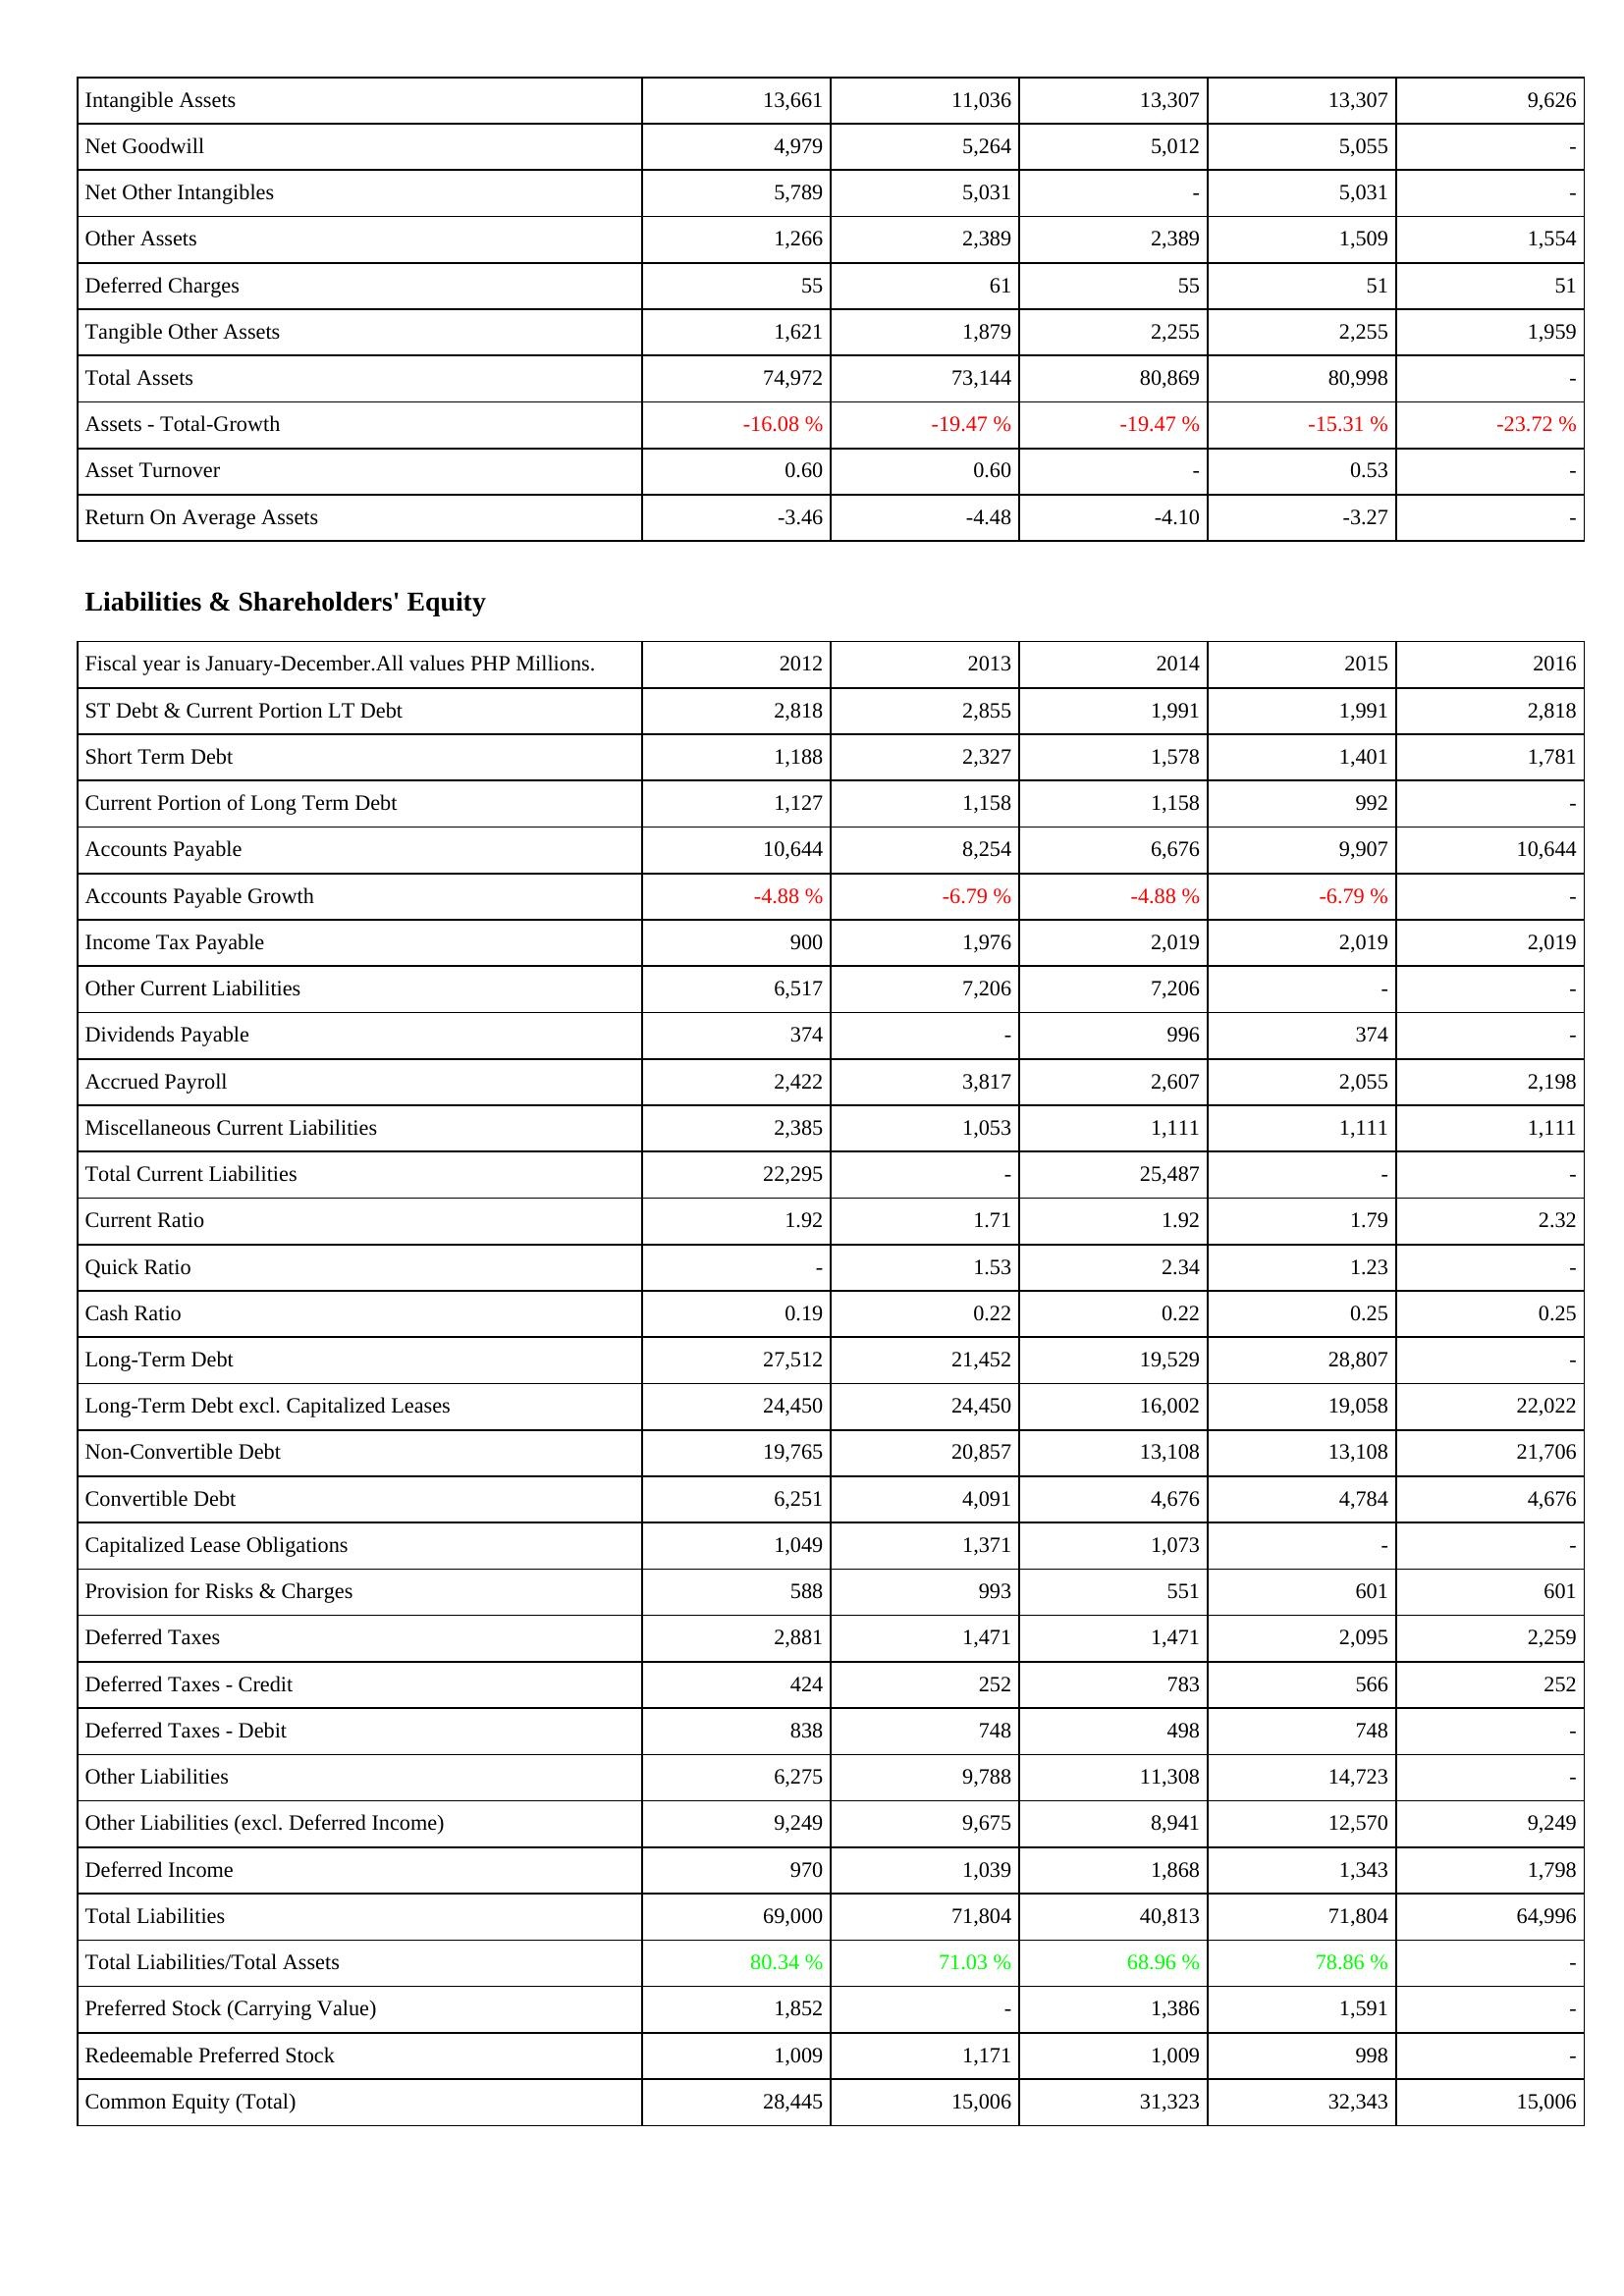
2012: Assets: Intangible Assets: 13,661
Net Goodwill: 4,979
Net Other Intangibles: 5,789
Other Assets: 1,266
Deferred Charges: 55
Tangible Other Assets: 1,621
Total Assets: 74,972
Assets - Total-Growth: -16.08 %
Asset Turnover: 0.60
Return On Average Assets: -3.46
Liabilities & Shareholders' Equity: ST Debt & Current Portion LT Debt: 2,818
Short Term Debt: 1,188
Current Portion of Long Term Debt: 1,127
Accounts Payable: 10,644
Accounts Payable Growth: -4.88 %
Income Tax Payable: 900
Other Current Liabilities: 6,517
Dividends Payable: 374
Accrued Payroll: 2,422
Miscellaneous Current Liabilities: 2,385
Total Current Liabilities: 22,295
Current Ratio: 1.92
Quick Ratio: -
Cash Ratio: 0.19
Long-Term Debt: 27,512
Long-Term Debt excl. Capitalized Leases: 24,450
Non-Convertible Debt: 19,765
Convertible Debt: 6,251
Capitalized Lease Obligations: 1,049
Provision for Risks & Charges: 588
Deferred Taxes: 2,881
Deferred Taxes - Credit: 424
Deferred Taxes - Debit: 838
Other Liabilities: 6,275
Other Liabilities (excl. Deferred Income): 9,249
Deferred Income: 970
Total Liabilities: 69,000
Total Liabilities/Total Assets: 80.34 %
Preferred Stock (Carrying Value): 1,852
Redeemable Preferred Stock: 1,009
Common Equity (Total): 28,445
2013: Assets: Intangible Assets: 11,036
Net Goodwill: 5,264
Net Other Intangibles: 5,031
Other Assets: 2,389
Deferred Charges: 61
Tangible Other Assets: 1,879
Total Assets: 73,144
Assets - Total-Growth: -19.47 %
Asset Turnover: 0.60
Return On Average Assets: -4.48
Liabilities & Shareholders' Equity: ST Debt & Current Portion LT Debt: 2,855
Short Term Debt: 2,327
Current Portion of Long Term Debt: 1,158
Accounts Payable: 8,254
Accounts Payable Growth: -6.79 %
Income Tax Payable: 1,976
Other Current Liabilities: 7,206
Dividends Payable: -
Accrued Payroll: 3,817
Miscellaneous Current Liabilities: 1,053
Total Current Liabilities: -
Current Ratio: 1.71
Quick Ratio: 1.53
Cash Ratio: 0.22
Long-Term Debt: 21,452
Long-Term Debt excl. Capitalized Leases: 24,450
Non-Convertible Debt: 20,857
Convertible Debt: 4,091
Capitalized Lease Obligations: 1,371
Provision for Risks & Charges: 993
Deferred Taxes: 1,471
Deferred Taxes - Credit: 252
Deferred Taxes - Debit: 748
Other Liabilities: 9,788
Other Liabilities (excl. Deferred Income): 9,675
Deferred Income: 1,039
Total Liabilities: 71,804
Total Liabilities/Total Assets: 71.03 %
Preferred Stock (Carrying Value): -
Redeemable Preferred Stock: 1,171
Common Equity (Total): 15,006
2014: Assets: Intangible Assets: 13,307
Net Goodwill: 5,012
Net Other Intangibles: -
Other Assets: 2,389
Deferred Charges: 55
Tangible Other Assets: 2,255
Total Assets: 80,869
Assets - Total-Growth: -19.47 %
Asset Turnover: -
Return On Average Assets: -4.10
Liabilities & Shareholders' Equity: ST Debt & Current Portion LT Debt: 1,991
Short Term Debt: 1,578
Current Portion of Long Term Debt: 1,158
Accounts Payable: 6,676
Accounts Payable Growth: -4.88 %
Income Tax Payable: 2,019
Other Current Liabilities: 7,206
Dividends Payable: 996
Accrued Payroll: 2,607
Miscellaneous Current Liabilities: 1,111
Total Current Liabilities: 25,487
Current Ratio: 1.92
Quick Ratio: 2.34
Cash Ratio: 0.22
Long-Term Debt: 19,529
Long-Term Debt excl. Capitalized Leases: 16,002
Non-Convertible Debt: 13,108
Convertible Debt: 4,676
Capitalized Lease Obligations: 1,073
Provision for Risks & Charges: 551
Deferred Taxes: 1,471
Deferred Taxes - Credit: 783
Deferred Taxes - Debit: 498
Other Liabilities: 11,308
Other Liabilities (excl. Deferred Income): 8,941
Deferred Income: 1,868
Total Liabilities: 40,813
Total Liabilities/Total Assets: 68.96 %
Preferred Stock (Carrying Value): 1,386
Redeemable Preferred Stock: 1,009
Common Equity (Total): 31,323
2015: Assets: Intangible Assets: 13,307
Net Goodwill: 5,055
Net Other Intangibles: 5,031
Other Assets: 1,509
Deferred Charges: 51
Tangible Other Assets: 2,255
Total Assets: 80,998
Assets - Total-Growth: -15.31 %
Asset Turnover: 0.53
Return On Average Assets: -3.27
Liabilities & Shareholders' Equity: ST Debt & Current Portion LT Debt: 1,991
Short Term Debt: 1,401
Current Portion of Long Term Debt: 992
Accounts Payable: 9,907
Accounts Payable Growth: -6.79 %
Income Tax Payable: 2,019
Other Current Liabilities: -
Dividends Payable: 374
Accrued Payroll: 2,055
Miscellaneous Current Liabilities: 1,111
Total Current Liabilities: -
Current Ratio: 1.79
Quick Ratio: 1.23
Cash Ratio: 0.25
Long-Term Debt: 28,807
Long-Term Debt excl. Capitalized Leases: 19,058
Non-Convertible Debt: 13,108
Convertible Debt: 4,784
Capitalized Lease Obligations: -
Provision for Risks & Charges: 601
Deferred Taxes: 2,095
Deferred Taxes - Credit: 566
Deferred Taxes - Debit: 748
Other Liabilities: 14,723
Other Liabilities (excl. Deferred Income): 12,570
Deferred Income: 1,343
Total Liabilities: 71,804
Total Liabilities/Total Assets: 78.86 %
Preferred Stock (Carrying Value): 1,591
Redeemable Preferred Stock: 998
Common Equity (Total): 32,343
2016: Assets: Intangible Assets: 9,626
Net Goodwill: -
Net Other Intangibles: -
Other Assets: 1,554
Deferred Charges: 51
Tangible Other Assets: 1,959
Total Assets: -
Assets - Total-Growth: -23.72 %
Asset Turnover: -
Return On Average Assets: -
Liabilities & Shareholders' Equity: ST Debt & Current Portion LT Debt: 2,818
Short Term Debt: 1,781
Current Portion of Long Term Debt: -
Accounts Payable: 10,644
Accounts Payable Growth: -
Income Tax Payable: 2,019
Other Current Liabilities: -
Dividends Payable: -
Accrued Payroll: 2,198
Miscellaneous Current Liabilities: 1,111
Total Current Liabilities: -
Current Ratio: 2.32
Quick Ratio: -
Cash Ratio: 0.25
Long-Term Debt: -
Long-Term Debt excl. Capitalized Leases: 22,022
Non-Convertible Debt: 21,706
Convertible Debt: 4,676
Capitalized Lease Obligations: -
Provision for Risks & Charges: 601
Deferred Taxes: 2,259
Deferred Taxes - Credit: 252
Deferred Taxes - Debit: -
Other Liabilities: -
Other Liabilities (excl. Deferred Income): 9,249
Deferred Income: 1,798
Total Liabilities: 64,996
Total Liabilities/Total Assets: -
Preferred Stock (Carrying Value): -
Redeemable Preferred Stock: -
Common Equity (Total): 15,006